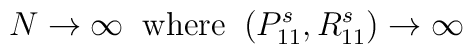
N\rightarrow \infty \;\;\hbox{where}\;\;(P_{11}^{s},R_{11}^{s})\rightarrow\infty